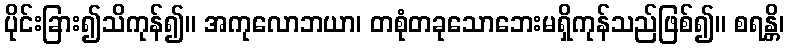
ပိုင်းခြား၍သိကုန်၍။ အကုလောဘယာ၊ တစုံတခုသောဘေးမရှိကုန်သည်ဖြစ်၍။ စရန္တိ၊